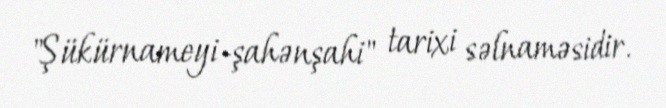
"Şükürnameyi-şahənşahi" tarixi səlnaməsidir.